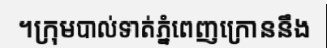
។ក្រុមបាល់ទាត់ភ្នំពេញក្រោននឹង